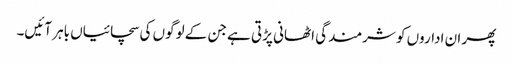
پھر ان اداروں کو شرمندگی اٹھانی پڑتی ہے جن کے لوگوں کی سچائیاں باہر آئیں۔